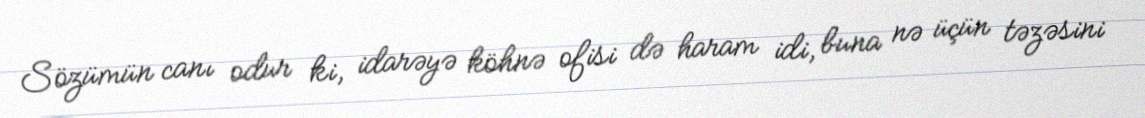
Sözümün canı odur ki, idarəyə köhnə ofisi də haram idi, buna nə üçün təzəsini